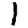
Digit: 1